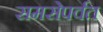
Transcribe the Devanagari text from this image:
समसेपर्वत